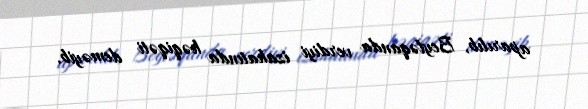
aparılıb, Beyləqanda verdiyi izahatında həqiqəti deməyib.